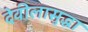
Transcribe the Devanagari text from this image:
देवीलासुद्धा